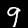
Label: 9